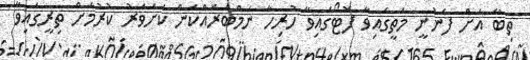
ތިބާ އަށް ފެނުނީ މަތީގައިވާ ފޮޓޯގައިވާ ހުރިހާ ނަމްބަރެއްކަން ކަށަވަރު ކުރުމަށް ތިރީގައިވާ